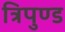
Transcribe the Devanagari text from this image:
त्रिपुण्ड